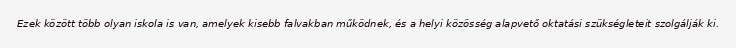
Ezek között több olyan iskola is van, amelyek kisebb falvakban működnek, és a helyi közösség alapvető oktatási szükségleteit szolgálják ki.